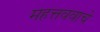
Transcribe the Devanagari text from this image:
महत्तववाचे